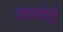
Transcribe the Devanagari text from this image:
जागोई